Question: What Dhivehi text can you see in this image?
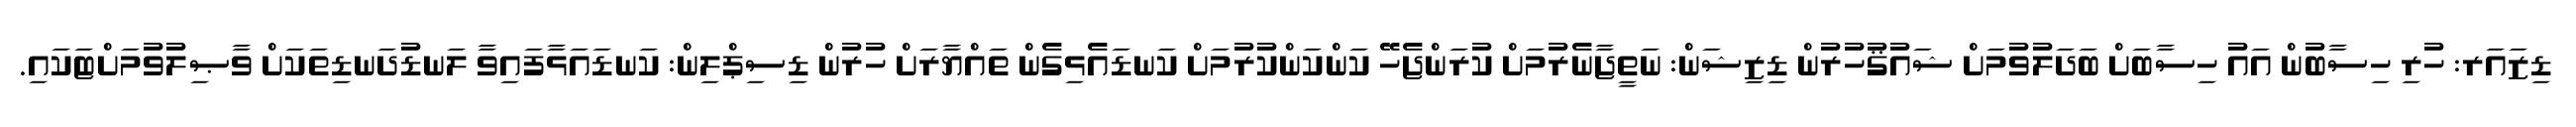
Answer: ޑިޒައަރ: ހުރި ހިސާބުން އައު ހިސާބަށް ބަދަލުވުމަށް ޝައުޤުހުރުން ޑިޒިޝަން: ނަތީޖާނެރުމަށް ކުރަންޖެހޭ ކަންކަންކުރުމަށް ކަނޑައެޅިގެން ތައްޔާރަށް ހުރުން ޑިސިޕްލިން: ކަނޑައަޅާފައިވާ ލަނޑުދަނޑިތަކަށް ވާޞިލުވުމަށްޓަކައި.